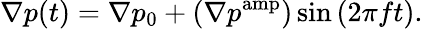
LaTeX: \nabla p(t)=\nabla p_{0}+\left(\nabla p^{\mathrm{amp}}\right)\sin{(2\pi ft)}.